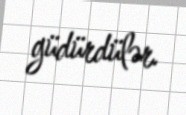
güdürdülər.